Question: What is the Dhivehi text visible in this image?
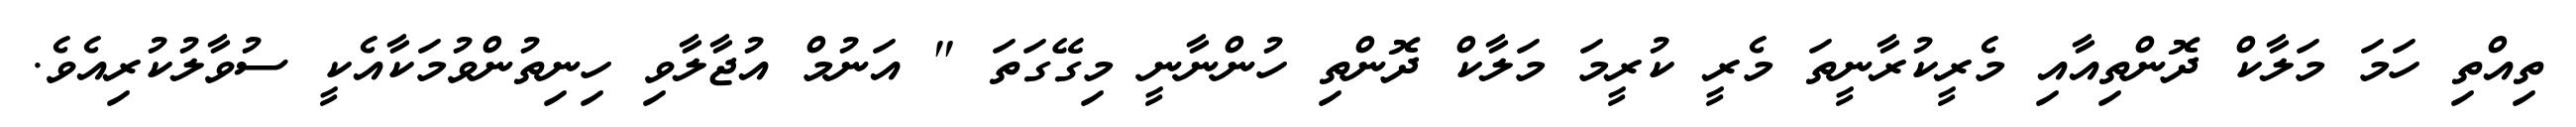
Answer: ތިއްތި ހަމަ މަލާކް ދޮންތިއާއި މެރީކުރާނީތަ މެރީ ކުރީމަ މަލާކް ދޮންތި ހުންނާނީ މިގޭގަތަ " އަނުމް އުޖާލާވި ހިނިތުންވުމަކާއެކީ ސުވާލުކުރިއެވެ.